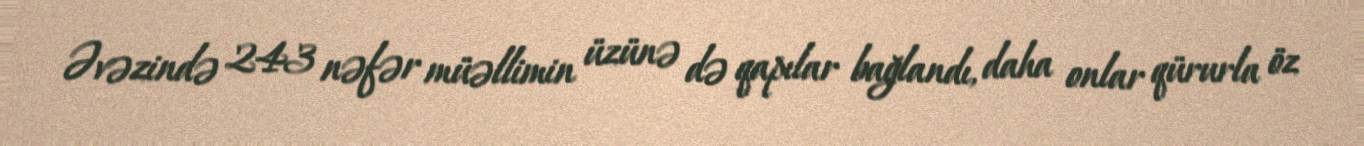
Əvəzində 243 nəfər müəllimin üzünə də qapılar bağlandı, daha onlar qürurla öz